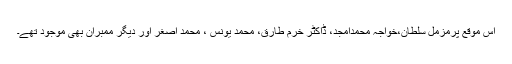
اس موقع پرمزمل سلطان،خواجہ محمدامجد، ڈاکٹر خرم طارق، محمد یونس ، محمد اصغر اور دیگر ممبران بھی موجود تھے۔